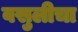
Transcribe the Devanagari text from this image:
वसुलीचा